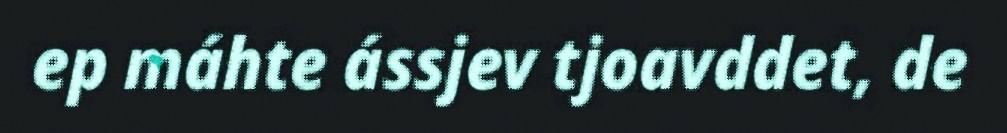
ep máhte ássjev tjoavddet, de